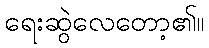
ရေးဆွဲလေတော့၏။